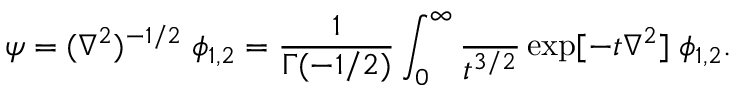
\psi = ( \nabla ^ { 2 } ) ^ { - 1 / 2 } \; \phi _ { 1 , 2 } = { \frac { 1 } { \Gamma ( - 1 / 2 ) } } \int _ { 0 } ^ { \infty } { \frac { \d t } { t ^ { 3 / 2 } } } \exp [ - t \nabla ^ { 2 } ] \; \phi _ { 1 , 2 } .